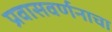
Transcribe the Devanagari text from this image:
प्रवासवर्णनाचा